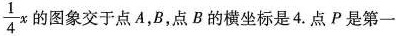
\frac{1}{4}x的图象交于点A,B，点B的横坐标是4.点P是第一